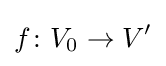
f\colon V_{0}\rightarrow V^{\prime }